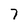
Character: 7